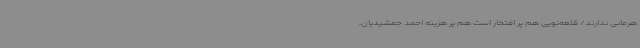
هرمانی ندارند/ قلعه‌نویی هم پر افتخار است هم پر هزینه احمد جمشیدیان،